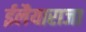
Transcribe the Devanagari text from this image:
ईलैयाराजा